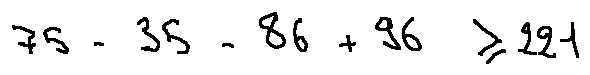
7 5 - 3 5 - 8 6 + 9 6 \geq 2 2 1